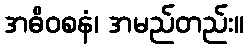
အဓိဝစနံ၊ အမည်တည်း။